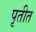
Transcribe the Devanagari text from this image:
पृतीत